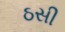
ઠસી